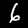
Label: 6